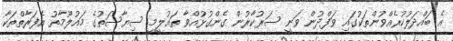
އެ ބައްދަލުކުރެއްވުންތަކުގައި ވަފްދުން ވަނީ ސަރުކާރުން ގެންގުޅުއްވާ ތައުލީމީ ސިޔާސަތުގެ މައުލޫމާތު އެފަރާތްތަކާ